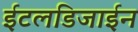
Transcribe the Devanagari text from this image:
ईटलडिजाईन